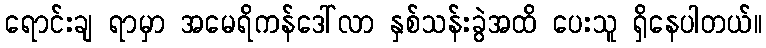
ရောင်းချ ရာမှာ အမေရိကန်ဒေါ်လာ နှစ်သန်းခွဲအထိ ပေးသူ ရှိနေပါတယ်။